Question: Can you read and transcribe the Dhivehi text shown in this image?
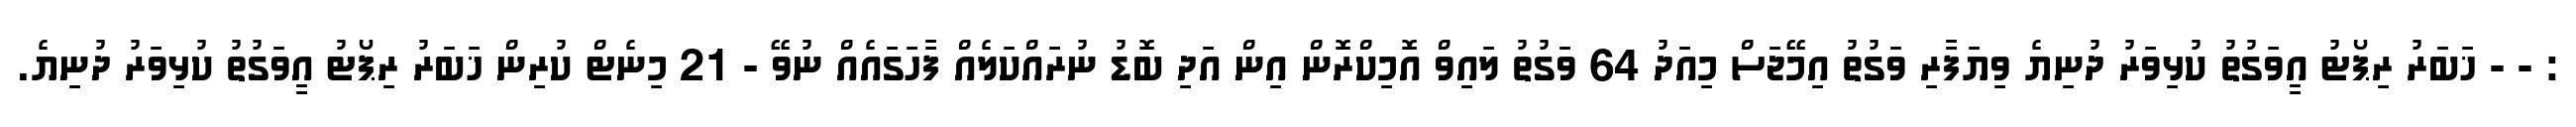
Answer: : - - ޚަބަރު ރިޕޯޓު އީވަގުތު ކުޅިވަރު ދުނިޔެ ވިޔަފާރި ވަގުތު އިމޭޖަސް މިއަދު 64 ވަގުތު ލައިވް އޮމިކްރޮން އިން އަދި ބޮޑު ނުރައްކަލެއް ފާހަގައެއް ނުވޭ - 21 މިނެޓް ކުރިން ޚަބަރު ރިޕޯޓު އީވަގުތު ކުޅިވަރު ދުނިޔެ.